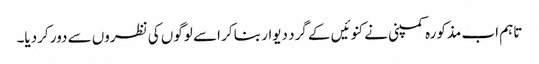
تاہم اب مذکورہ کمپنی نے کنوئیں کے گرد دیوار بنا کر اسے لوگوں کی نظروں سے دور کردیا۔